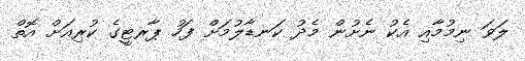
ލަވަ ނިމުމާއި އެކު ނެށުން މެދު ކަނޑާލުމަށް ފަހު ޕާރޓީގެ ކުރިއަށް އޮތް